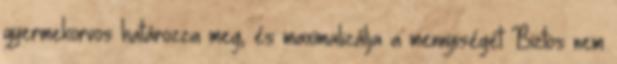
gyermekorvos határozza meg, és maximalizálja a mennyiségét Biztos nem